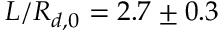
L / R _ { d , 0 } = 2 . 7 \pm 0 . 3